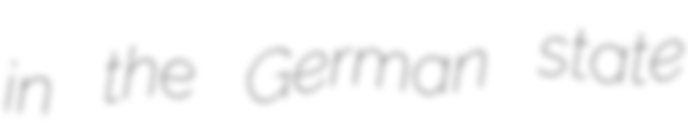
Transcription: in the German state